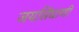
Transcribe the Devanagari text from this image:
जयसिंघाणी